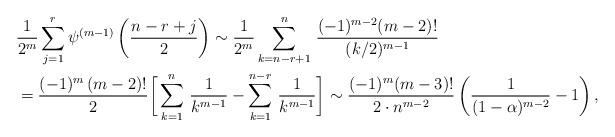
LaTeX: \begin{align*}&\frac{1}{2^m} \sum_{j=1}^{r} \psi^{(m-1)}\left(\frac{n-r+j}{2}\right) \sim\frac{1}{2^m} \sum_{k=n-r+1}^n\,\frac {(-1)^{m-2} (m-2)!} {(k/2)^{m-1}}\\&=\frac{(-1)^m\,(m-2)!}{2} \bigg[\sum_{k=1}^n\,\frac {1} {k^{m-1}}-\sum_{k=1}^{n-r}\,\frac {1} {k^{m-1}}\bigg]\sim\frac{(-1)^{m} (m-3)!}{2\cdot n^{m-2}} \left(\frac 1 {(1-\alpha)^{m-2}} - 1\right),\end{align*}